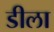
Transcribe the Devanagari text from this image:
डीला